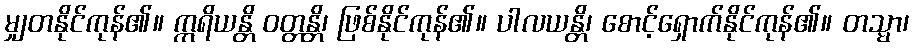
မျှတနိုင်ကုန်၏။ ဣရိယန္တိ ဝတ္တန္တိ၊ ဖြစ်နိုင်ကုန်၏။ ပါလယန္တိ၊ စောင့်ရှောက်နိုင်ကုန်၏။ တသ္မာ၊